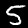
Label: 5